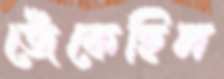
জেঁকেছিল